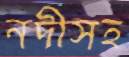
নদীসহ